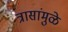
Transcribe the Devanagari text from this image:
त्रासांमुळे